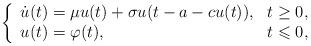
LaTeX: \begin{align*}\left\{ \begin{array}{ll}\dot u(t)=\mu u(t)+\sigma u(t-a-cu(t)), & t\geq 0,\\u(t) = \varphi(t), & t\leqslant 0,\end{array} \right.\end{align*}